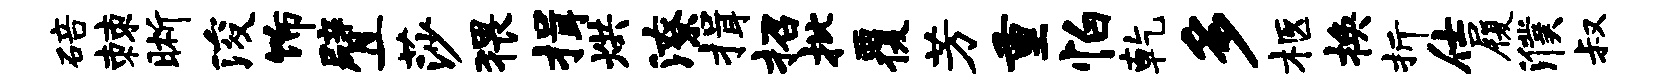
碚棘晰浚饰臂一莎猥揖烘潦揖招批覆芳重怕乾多柩换折仕履濮叔